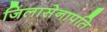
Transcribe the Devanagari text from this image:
जिलासेनापति